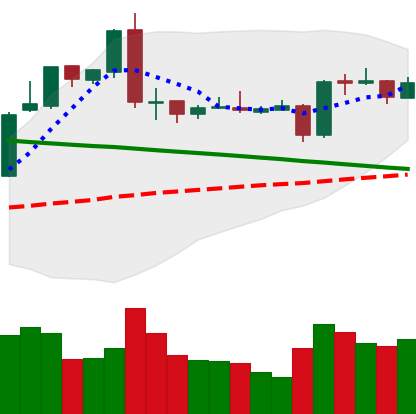
Ticker: EOS-USD
Chart end date: 2019-03-09
Forward return: -4.332%
Label: down_3_5